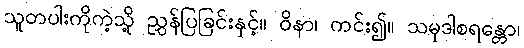
သူတပါးကိုကဲ့သို့ ညွှန်ပြခြင်းနှင့်။ ဝိနာ၊ ကင်း၍။ သမုဒါစရန္တော၊